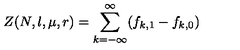
Z ( N , l , \mu , r ) = \sum _ { k = - \infty } ^ { \infty } ( f _ { k , 1 } - f _ { k , 0 } )